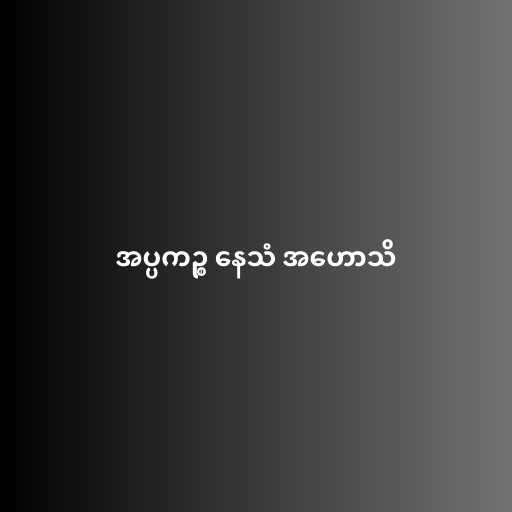
အပ္ပကဉ္စ နေသံ အဟောသိ